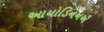
આયોડિનનઐ